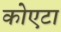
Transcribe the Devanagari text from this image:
कोएटा